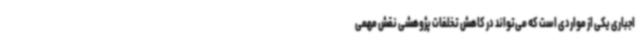
اجباری یکی از مواردی است که می‌تواند در کاهش تخلفات پژوهشی نقش مهمی